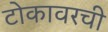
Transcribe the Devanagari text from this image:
टोकावरची